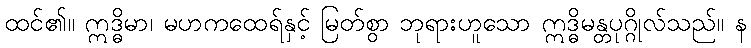
ထင်၏။ ဣဒ္ဓိမာ၊ မဟကထေရ်နှင့် မြတ်စွာ ဘုရားဟူသော ဣဒ္ဓိမန္တပုဂ္ဂိုလ်သည်။ န